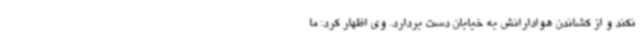
نکند و از کشاندن هوادارانش به خیابان دست بردارد. وی اظهار کرد: ما